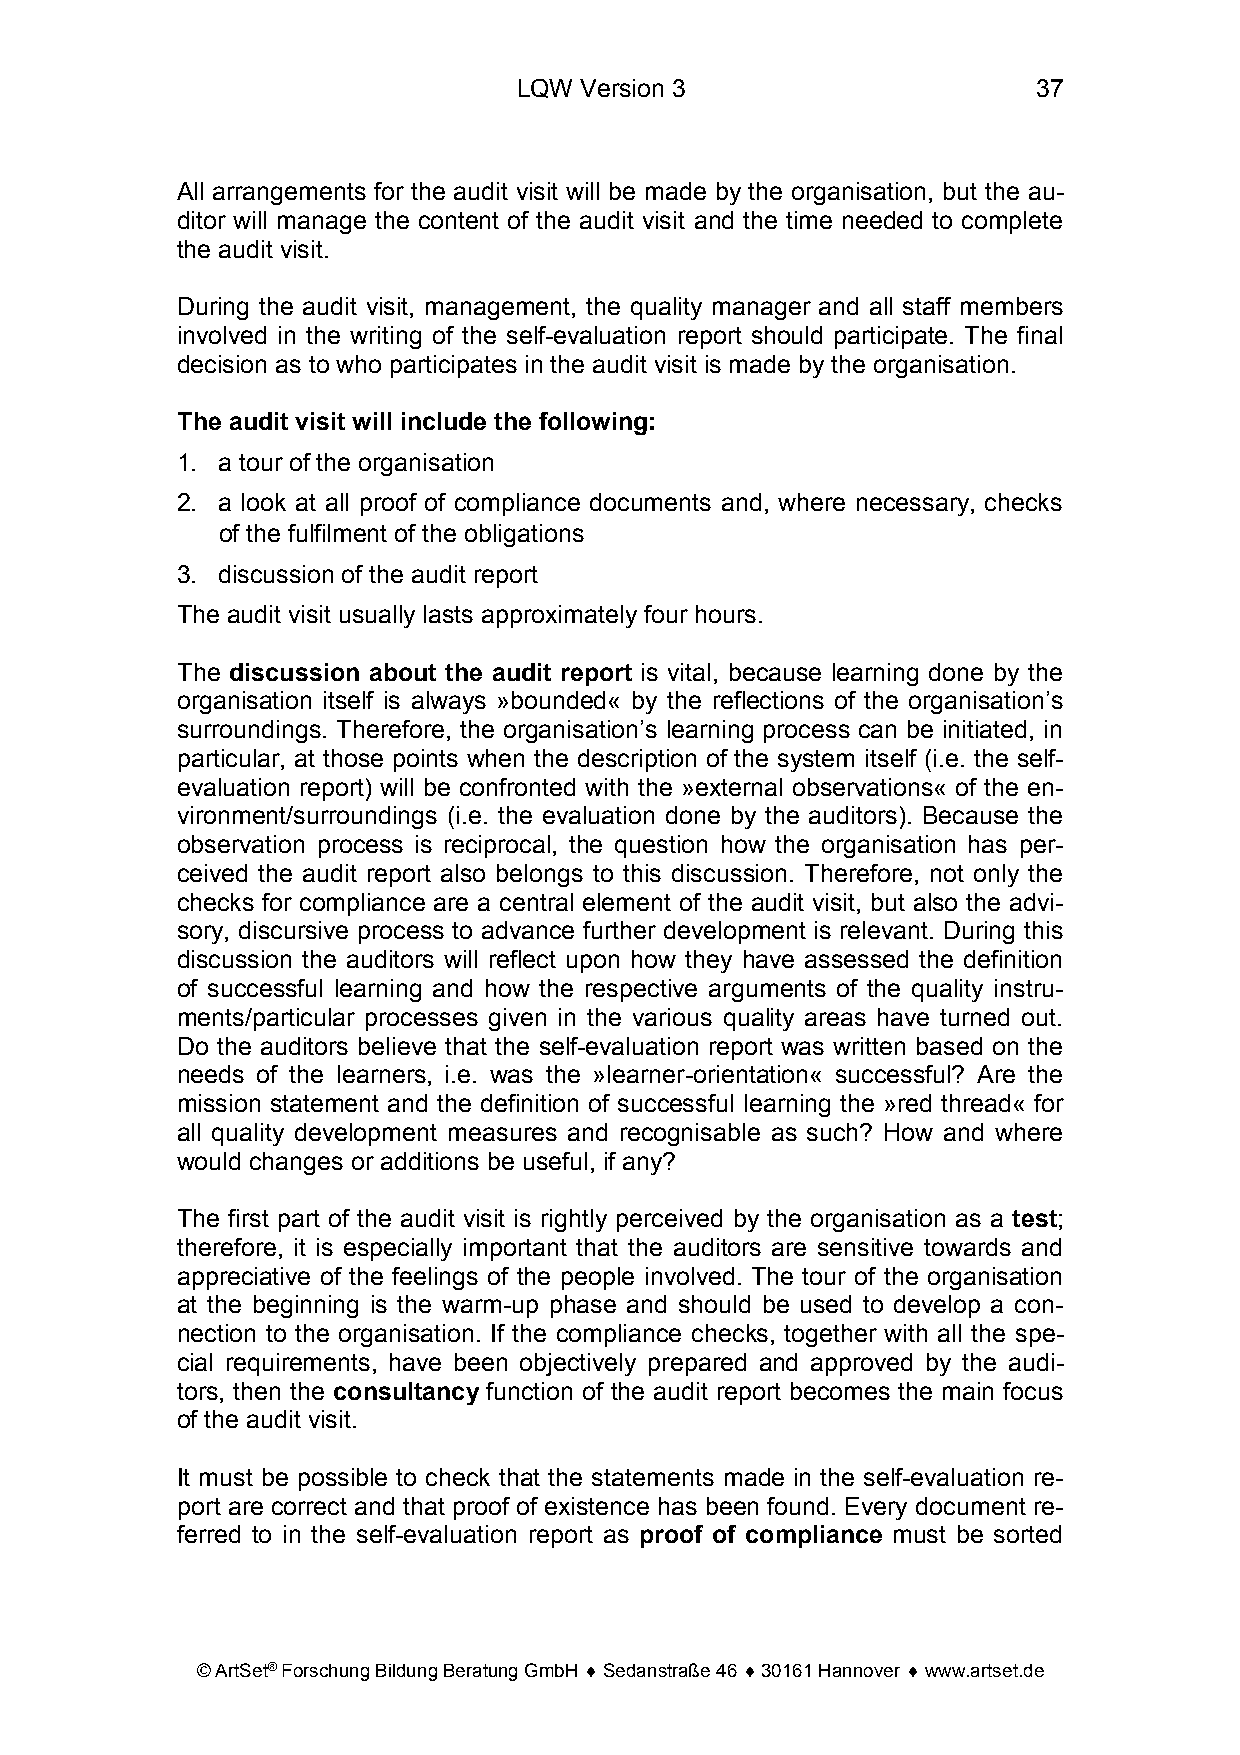
LQW Version 3                      37
 All arrangements for the audit visit will be made by the organisation, but the au-
 ditor will manage the content of the audit visit and the time needed to complete
 the audit visit.
 During the audit visit, management, the quality manager and all staff members
 involved in the writing of the self-evaluation report should participate. The final
 decision as to who participates in the audit visit is made by the organisation.
 The audit visit will include the following:
 1. a tour of the organisation
 2. a look at all proof of compliance documents and, where necessary, checks
 of the fulfilment of the obligations
 3. discussion of the audit report
 The audit visit usually lasts approximately four hours.
 The discussion about the audit report is vital, because learning done by the
 organisation itself is always »bounded« by the reflections of the organisation’s
 surroundings. Therefore, the organisation’s learning process can be initiated, in
 particular, at those points when the description of the system itself (i.e. the self-
 evaluation report) will be confronted with the »external observations« of the en-
 vironment/surroundings (i.e. the evaluation done by the auditors). Because the
 observation process is reciprocal, the question how the organisation has per-
 ceived the audit report also belongs to this discussion. Therefore, not only the
 checks for compliance are a central element of the audit visit, but also the advi-
 sory, discursive process to advance further development is relevant. During this
 discussion the auditors will reflect upon how they have assessed the definition
 of successful learning and how the respective arguments of the quality instru-
 ments/particular processes given in the various quality areas have turned out.
 Do the auditors believe that the self-evaluation report was written based on the
 needs of the learners, i.e. was the »learner-orientation« successful? Are the
 mission statement and the definition of successful learning the »red thread« for
 all quality development measures and recognisable as such? How and where
 would changes or additions be useful, if any?
 The first part of the audit visit is rightly perceived by the organisation as a test;
 therefore, it is especially important that the auditors are sensitive towards and
 appreciative of the feelings of the people involved. The tour of the organisation
 at the beginning is the warm-up phase and should be used to develop a con-
 nection to the organisation. If the compliance checks, together with all the spe-
 cial requirements, have been objectively prepared and approved by the audi-
 tors, then the consultancy function of the audit report becomes the main focus
 of the audit visit.
 It must be possible to check that the statements made in the self-evaluation re-
 port are correct and that proof of existence has been found. Every document re-
 ferred to in the self-evaluation report as proof of compliance must be sorted
 © ArtSet® Forschung Bildung Beratung GmbH ♦ Sedanstraße 46 ♦ 30161 Hannover ♦ www.artset.de